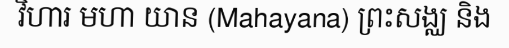
វិហារ មហា យាន (Mahayana) ព្រះសង្ឈ និង